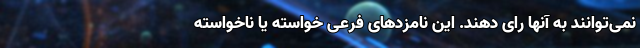
نمی‌توانند به آنها رای دهند. این نامزدهای فرعی خواسته یا ناخواسته